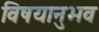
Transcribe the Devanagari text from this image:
विषयानुभव